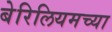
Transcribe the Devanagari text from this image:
बेरिलियमच्या